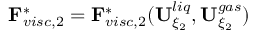
\mathbf { F } _ { v i s c , 2 } ^ { * } = \mathbf { F } _ { v i s c , 2 } ^ { * } ( \mathbf { U } _ { \xi _ { 2 } } ^ { l i q } , \mathbf { U } _ { \xi _ { 2 } } ^ { g a s } )